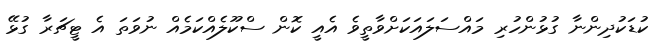
ކުޑަކުދިންނާ ގުޅުންހުރި މައްސަލައަކަށްވާތީވެ އެއީ ކޮން ސްކޫލެއްކަމެއް ނުވަތަ އެ ޓީޗަރާ ގުޅޭ